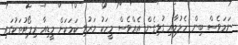
ނަމަވެސް ބިން ހެލުމާއި ގުޅިގެން އެއްވެސް މީހަކު މަރުވި ކަމަކަށް މީޑިއާ ރިޕޯޓުތަކުގައި